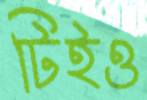
টিইও